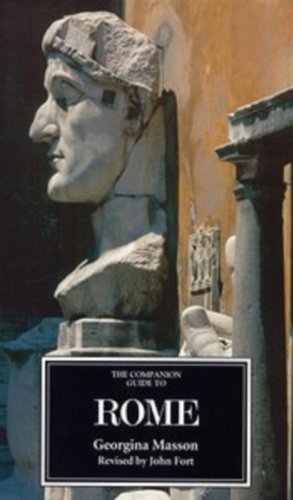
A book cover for The Companion Guide to Rome (Companion Guides); Georgina Masson; Travel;